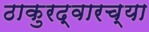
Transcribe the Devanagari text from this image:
ठाकुरद्वारच्या